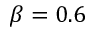
\beta = 0 . 6